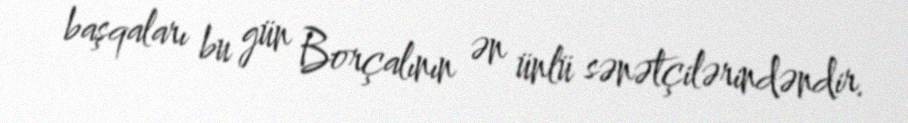
başqaları bu gün Borçalının ən ünlü sənətçilərindəndir.